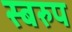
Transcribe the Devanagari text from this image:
स्बरुप